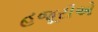
હજૂરીએ